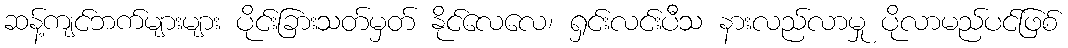
ဆန့်ကျင်ဘက်များများ ပိုင်းခြားသတ်မှတ် နိုင်လေလေ၊ ရှင်းလင်းပီသ နားလည်လာမှု ပိုလာမည်ပင်ဖြစ်